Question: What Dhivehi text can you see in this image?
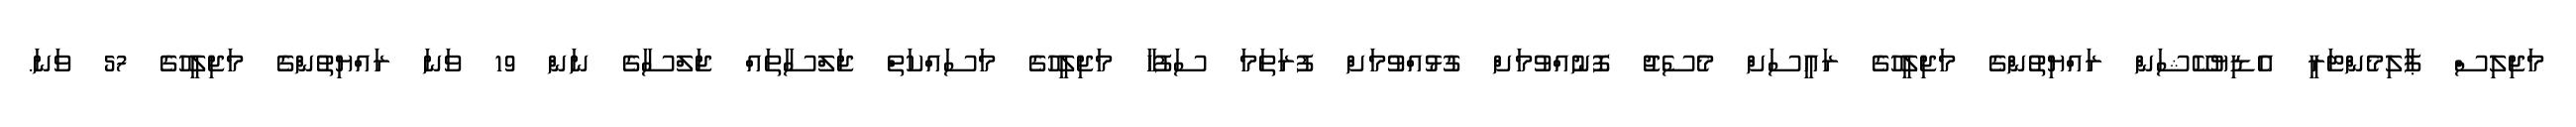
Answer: މަޖިލިސް ޕާލިމެންޓަރީ އެޑިޔުކޭޝަން ރައްޔިތުންގެ މަޖިލީހުގެ ރައީސަށް މެސެޖު ފޮނުއްވުމަށް ގުޅުއްވުމަށް ފުރަތަމަ ސަފުހާ މަޖިލީހުގެ މަސައްކަތް ޖަލްސާތައް ޖަލްސާގެ ނަން 19 ވަނަ ރައްޔިތުންގެ މަޖިލީހުގެ 57 ވަނަ.